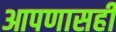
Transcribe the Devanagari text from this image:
आपणासही